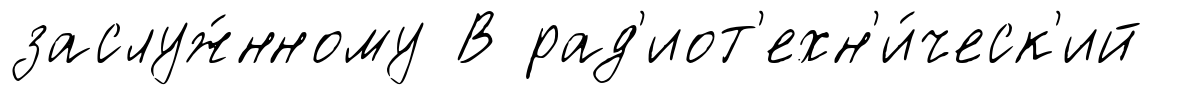
заслуж́нному В рад'иот'ехн'и́ческ'ий